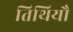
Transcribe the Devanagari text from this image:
तिथियौ